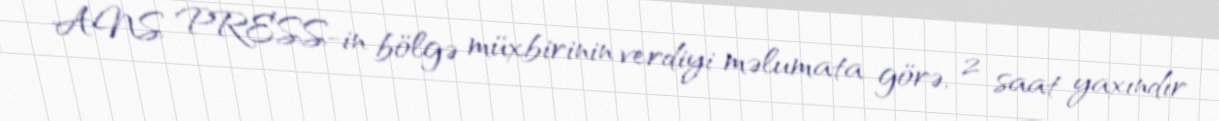
ANS PRESS-in bölgə müxbirinin verdiyi məlumata görə, 2 saat yaxındır